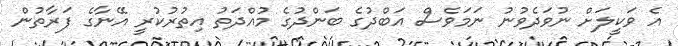
އެ ވަކީލަށް ނުވަދެވުނު ނަމަވެސް އަބްދުގެ ބަންދުގެ މުއްދަތު އިތުރުކުރީ އޭނާގެ ފަރާތުން